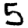
Digit: 5